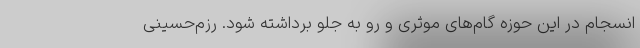
انسجام در این حوزه گام‌های موثری و رو به جلو برداشته شود. رزم‌حسینی